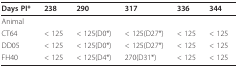
| Days PI* | 238 | 290 | 317 | 336 | 344 |
 | --- | --- | --- | --- | --- | --- |
 | Animal |  |  |  |  |  |
 | CT64 | < 125 | < 125(D0*) | < 125(D27*) | < 125 | < 125 |
 | DD05 | < 125 | < 125(D0*) | < 125(D27*) | < 125 | < 125 |
 | FH40 | < 125 | < 125(D4*) | 270(D31*) | < 125 | < 125 |